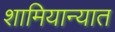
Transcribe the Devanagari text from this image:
शामियान्यात